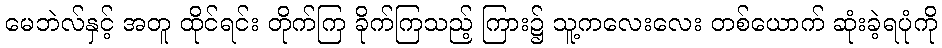
မေဘဲလ်နှင့် အတူ ထိုင်ရင်း တိုက်ကြ ခိုက်ကြသည့် ကြား၌ သူ့ကလေးလေး တစ်ယောက် ဆုံးခဲ့ရပုံကို